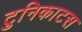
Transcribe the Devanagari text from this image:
टुनिकाटस